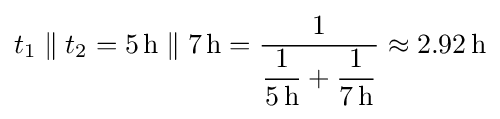
t_{1}\parallel t_{2}=5\,\mathrm {h} \parallel 7\,\mathrm {h} ={\frac {1}{{\dfrac {1}{5\,\mathrm {h} }}+{\dfrac {1}{7\,\mathrm {h} }}}}\approx 2.92\,\mathrm {h}